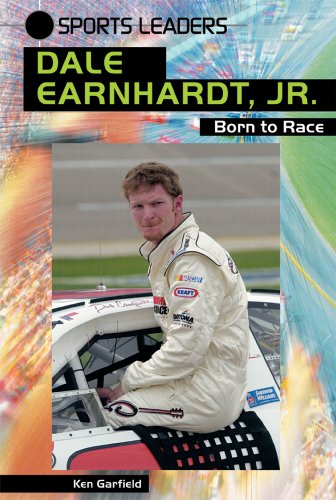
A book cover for Dale Earnhardt, Jr.: Born to Race (Sports Leaders); Ken Garfield; Teen & Young Adult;